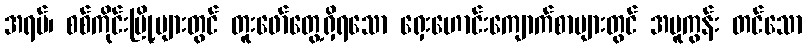
အရပ်၊ စစ်ကိုင်းမြို့များတွင် တူးဖော်တွေ့ရှိရသော ရှေးဟောင်းကျောက်စာများတွင် အမူကွန်း တင်သော